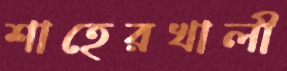
শাহেরখালী